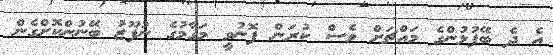
އެ ދެ ބޭފުޅުންގެ މައްޗަށް ވެސް ކުރަން ފޮނުވީ މަގާމުގެ ނުފޫޒު ބޭނުންކޮށްގެން